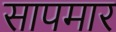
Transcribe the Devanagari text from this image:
सापमार